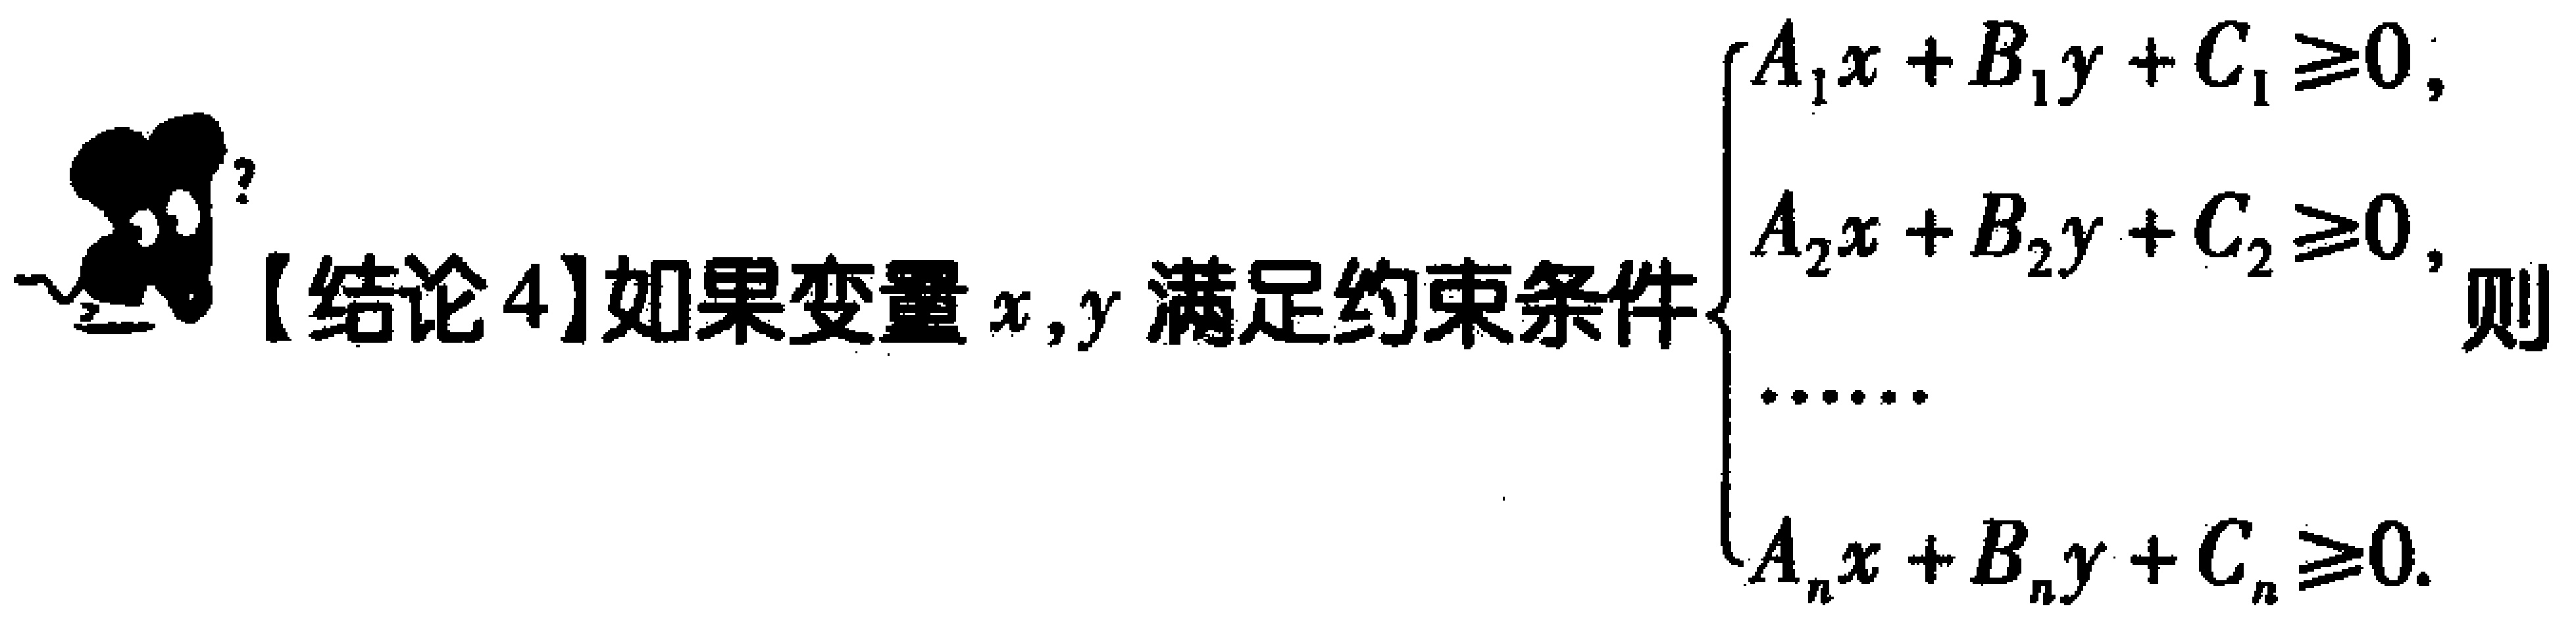
【结论4】如果变量\(x,y\)满足约束条件\(\begin{cases}

A_{1}x + B_{1}y + C_{1} \geq 0,\\

A_{2}x + B_{2}y + C_{2} \geq 0,\\

\cdots\cdots\\

A_{n}x + B_{n}y + C_{n} \geq 0.

\end{cases}\)则